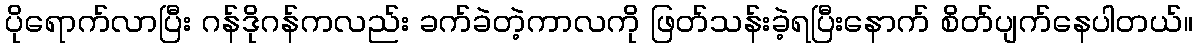
ပိုရောက်လာပြီး ဂန်ဒိုဂန်ကလည်း ခက်ခဲတဲ့ကာလကို ဖြတ်သန်းခဲ့ရပြီးနောက် စိတ်ပျက်နေပါတယ်။